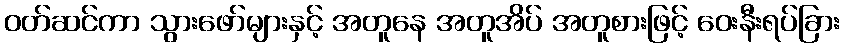
ဝတ်ဆင်ကာ သွားဖော်များနှင့် အတူနေ အတူအိပ် အတူစားဖြင့် ဝေးနီးရပ်ခြား